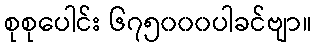
စုစုပေါင်း ၆၇၅၀၀၀ပါခင်ဗျာ။